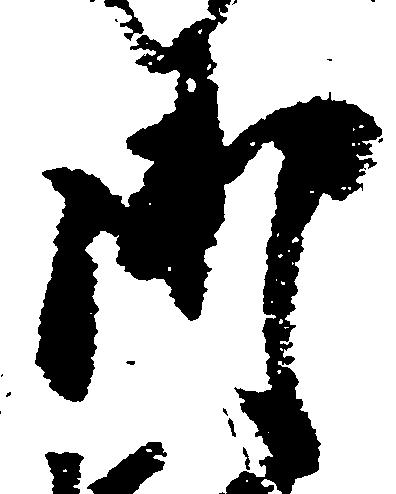
御